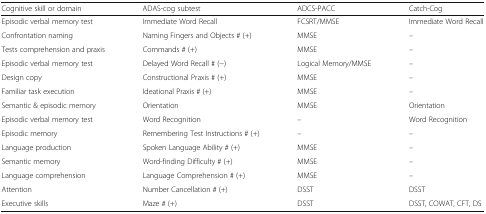
<table><thead><tr><td><b>Cognitive skill or domain</b></td><td><b>ADAS-cog subtest</b></td><td><b>ADCS-PACC</b></td><td><b>Catch-Cog</b></td></tr></thead><tbody><tr><td>Episodic verbal memory test</td><td>Immediate Word Recall</td><td>FCSRT/MMSE</td><td>Immediate Word Recall</td></tr><tr><td>Confrontation naming</td><td>Naming Fingers and Objects # (+)</td><td>MMSE</td><td>–</td></tr><tr><td>Tests comprehension and praxis</td><td>Commands # (+)</td><td>MMSE</td><td>–</td></tr><tr><td>Episodic verbal memory test</td><td>Delayed Word Recall # (−)</td><td>Logical Memory/MMSE</td><td>–</td></tr><tr><td>Design copy</td><td>Constructional Praxis # (+)</td><td>MMSE</td><td>–</td></tr><tr><td>Familiar task execution</td><td>Ideational Praxis # (+)</td><td>MMSE</td><td>–</td></tr><tr><td>Semantic &amp; episodic memory</td><td>Orientation</td><td>MMSE</td><td>Orientation</td></tr><tr><td>Episodic verbal memory test</td><td>Word Recognition</td><td>–</td><td>Word Recognition</td></tr><tr><td>Episodic memory</td><td>Remembering Test Instructions # (+)</td><td>–</td><td>–</td></tr><tr><td>Language production</td><td>Spoken Language Ability # (+)</td><td>MMSE</td><td>–</td></tr><tr><td>Semantic memory</td><td>Word-finding Difficulty # (+)</td><td>MMSE</td><td>–</td></tr><tr><td>Language comprehension</td><td>Language Comprehension # (+)</td><td>MMSE</td><td>–</td></tr><tr><td>Attention</td><td>Number Cancellation # (+)</td><td>DSST</td><td>DSST</td></tr><tr><td>Executive skills</td><td>Maze # (+)</td><td>DSST</td><td>DSST, COWAT, CFT, DS</td></tr></tbody></table>